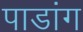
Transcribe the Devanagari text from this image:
पाडांग